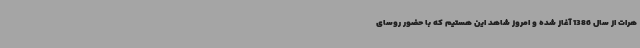
هرات از سال 1386 آغاز شده و امروز شاهد این هستیم که با حضور روسای